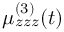
\mu _ { z z z } ^ { ( 3 ) } ( t )